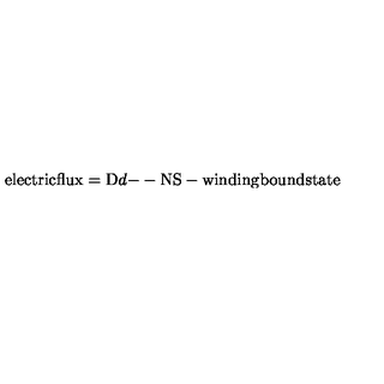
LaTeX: \mathrm { e l e c t r i c f l u x } = \mathrm { D } d \mathrm { -- N S - w i n d i n g } \mathrm { b o u n d s t a t e }